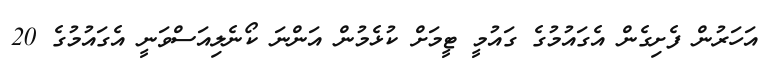
އަހަރުން ފެށިގެން އެގައުމުގެ ގައުމީ ޓީމަށް ކުޅެމުން އަންނަ ކޯނެލިއަސްވަނީ އެގައުމުގެ 20